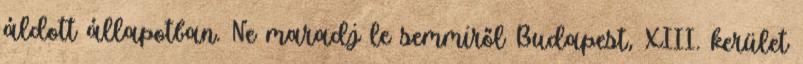
áldott állapotban. Ne maradj le semmiről Budapest, XIII. kerület